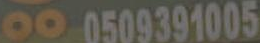
000509391005